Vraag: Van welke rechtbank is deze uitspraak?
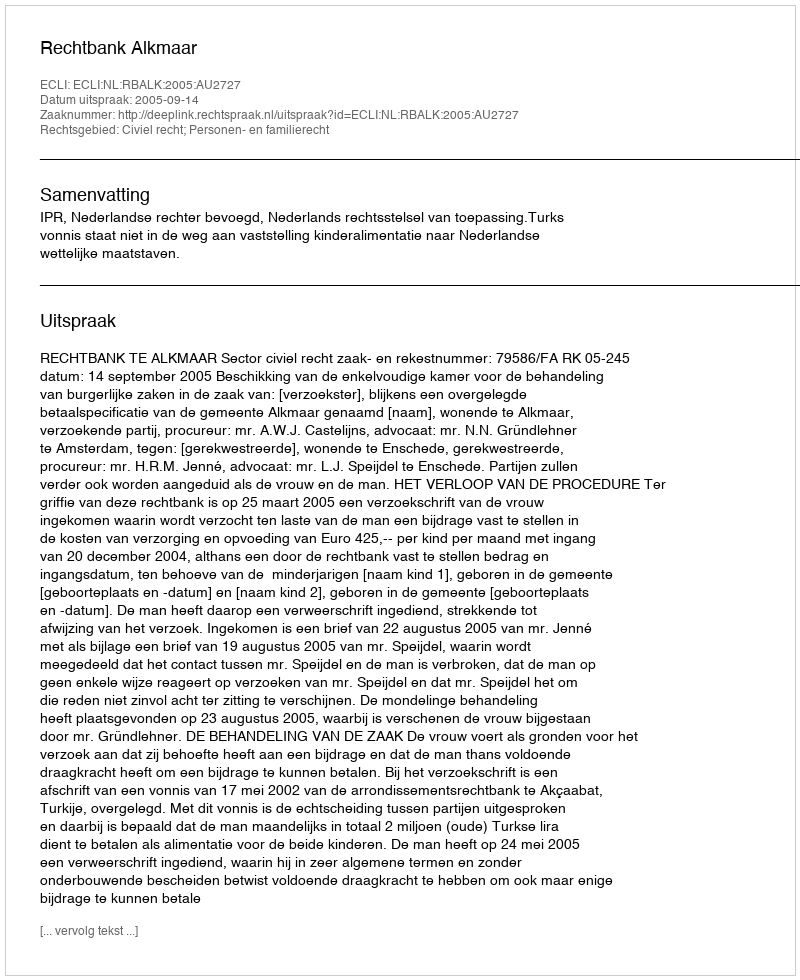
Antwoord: Rechtbank Alkmaar